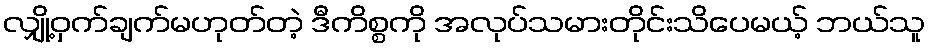
လျှို့ဝှက်ချက်မဟုတ်တဲ့ ဒီကိစ္စကို အလုပ်သမားတိုင်းသိပေမယ့် ဘယ်သူ